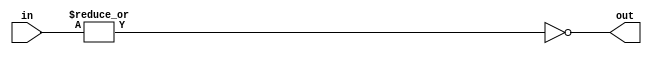
module f8_TECH_NOR18(input [17:0] in, output out);
assign out = ~(|in);
endmodule